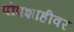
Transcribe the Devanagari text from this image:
पोपशाहीवर